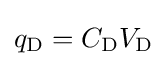
q_{\rm {D}}=C_{\rm {D}}V_{\rm {D}}